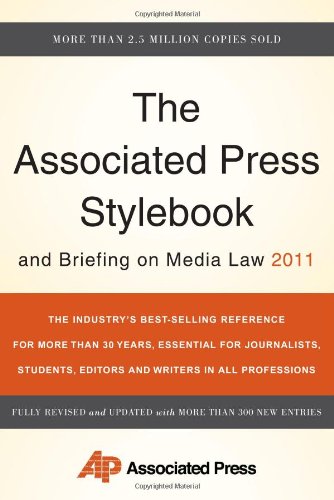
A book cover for The Associated Press Stylebook and Briefing on Media Law 2011 (Associated Press Stylebook & Briefing on Media Law); The Associated Press; Law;